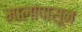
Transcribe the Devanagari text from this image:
मालांपासून